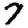
Digit: 7